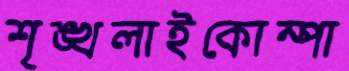
শৃঙ্খলাইকোম্পা